Kassari_(Keina)_vallavalitsus, lk 61
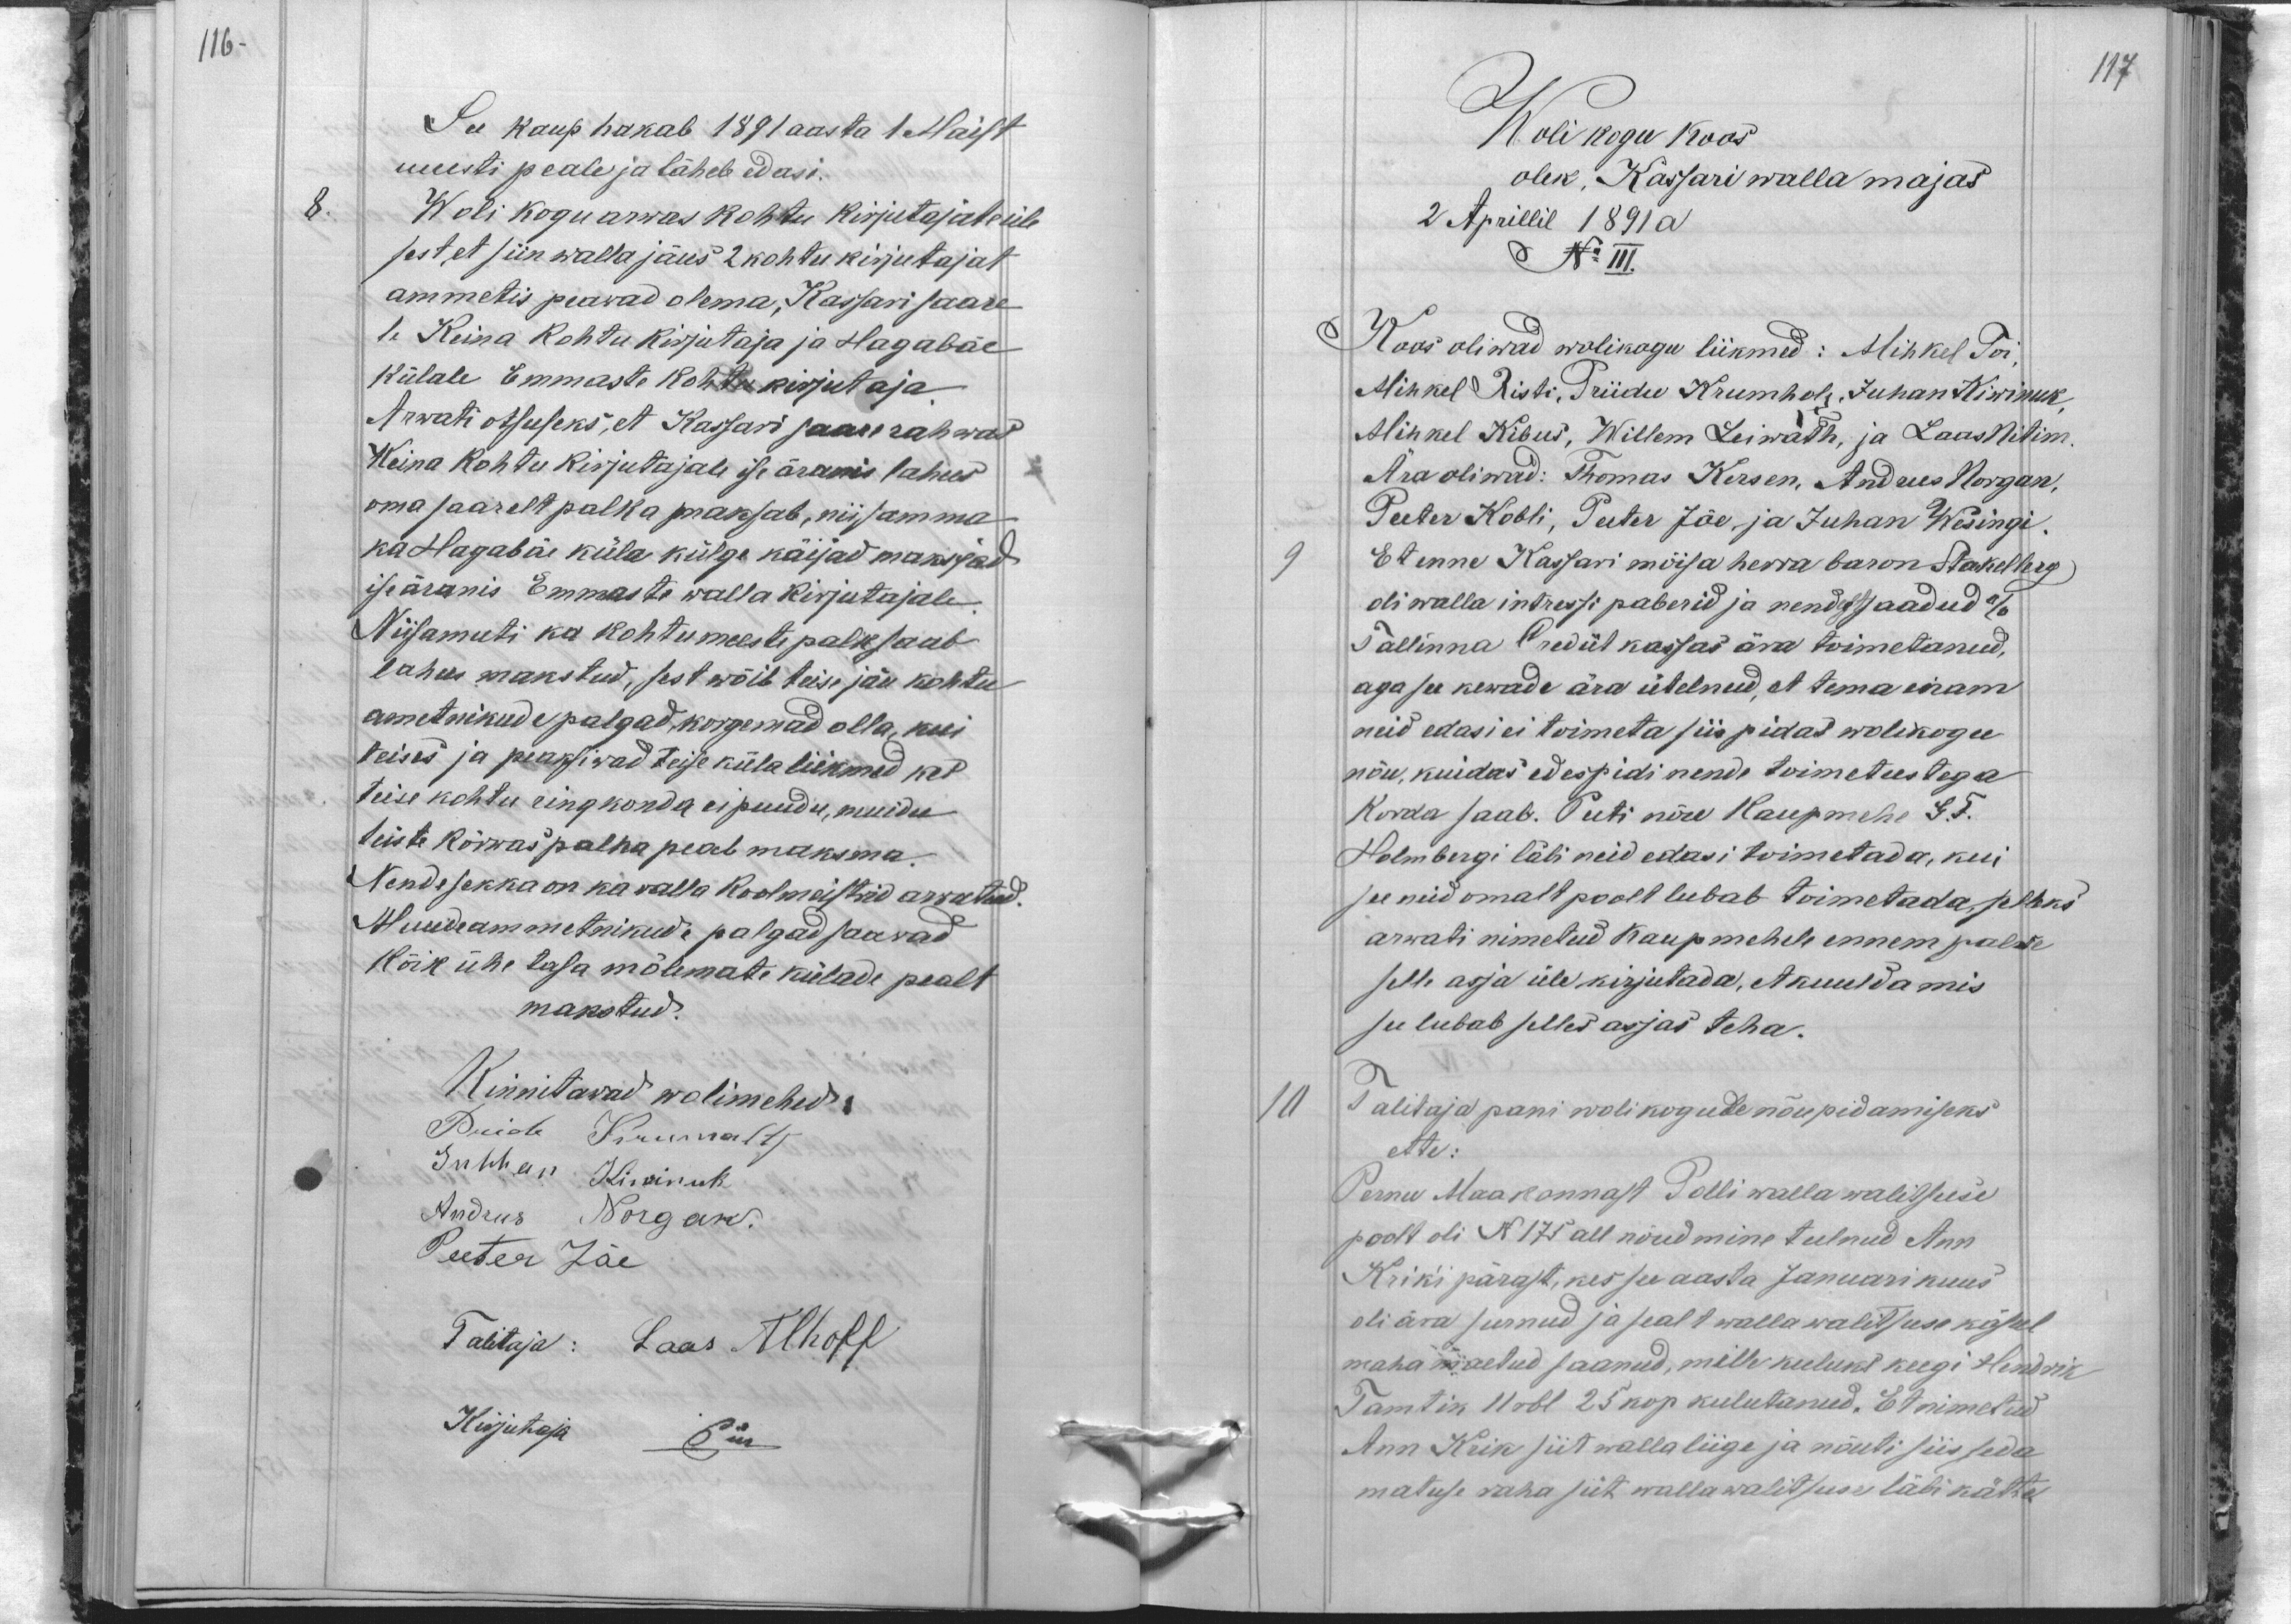
116 -

See kaup hakab 1891 aasta 1 Maist
uuesti peale ja läheb edasi.
8.
Wolikogu arwas kohtu kirjutajate üle
sest et siin walla jäus 2 kohtu kirjutajat
ammetis peawad olema, Kassari saare
le Keina kohtu kirjutaja ja Hagabäe
külale Emmaste kohtu kirjutaja.
Arwati otsuseks, et Kassari saare rahwas
Keina kohtu kirjutajale ise äranis lahus
oma saarelt palka maksab, nii samma
ka Hagabäe küla külge käijad maksjad
iseäranis Emmaste walla kirjutajale.
Niisamuti ka kohtumeeste palk saab
lahus makstud, sest wõib teise jäu kohtu
ametnikude palgad kõrgemad olla, kui
teises ja peaksiwad teise küla liikmed kes
teise kohtu ringkonda ei puudu, muidu
teiste kõrwas palka peab maksma.
Nende sekka on ka walla Koolmeistrid arwatud.
Muude ammetnikude palgad saawad
kõik ühe tasa mõlemate külade pealt.
makstud.
Kinnitawad wolimehed:
Priido Krumoltz
Juhhan Kiwinuk
Andrus Norgan.
Peeter Jõe
Talitaja: Laas Alhoff
Kirjutaja
Piik

117
Wolikogu koos
olek, Kassari walla majas
2 Aprillil 1891 a
No III.
Koos oliwad wolikogu liikmed: Mihkel Toi,
Mihkel Risti, Priidu Krumholz, Juhan Kiwinuk
Mihkel Kibus, Willem Leiwath, ja Laas Nitim.
Ära oliwad: Thomas Kersen, Andrus Norgan,
Peeter Kobli, Peeter Jõe, ja Juhan Wesingi.
9
Et enne Kassari mõisa herra baron Stakelberg
oli walla intressi paberid ja nendest saadud %
Tallinna Crediit kassas ära toimetanud,
aga see kewade ära ütelnud, et tema enam
neid edasi ei toimeta siis pidas wolikogu
nõu, kuidas edespidi nende toimetustega
Korda saab. Peeti nõu Kaupmehe G.F.
Holmbergi läbi neid edasi toimetada, kui
see neid omalt poolt lubab toimetada, selleks
arwati nimetud kaupmehele ennem palwe
selle asja üle kirjutada, et kuulda mis
see lubab selles asjas teha.
10
Talitaja pani wolikogude nõupidamiseks
ette:
Pernu Maakonnast Polli walla walitsuse
poolt oli N 175 all nõudmine tulnud Ann
Krik'i pärast, kes see aasta Januari kuus
oli ära surnud ja sealt walla walitsuse käsul
maha maetud saanud, mille kuluks keegi Hendrik
Tamtik 11 rbl 25 kop kulutanud. Et nimetud
Ann Krik siit walla liige ja nõuti siis seda
matuse raha siit wallawalitsus läbi kätte